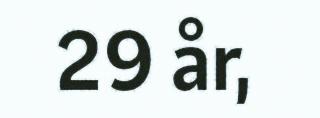
29 år,